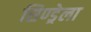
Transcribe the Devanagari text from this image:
सिण्ड्रेला